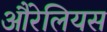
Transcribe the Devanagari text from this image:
औरेलियस